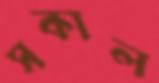
সকাল